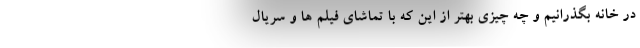
در خانه بگذرانیم و چه چیزی بهتر از این که با تماشای فیلم ها و سریال